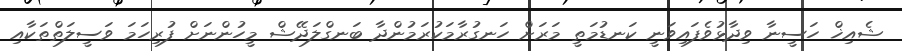
ޝެއިޚް ހަސީނާ ވިދާޅުވެފައިވަނީ ކަނޑުމަތީ މަރަށް ހަނގުރާމަކުރަމުންދާ ބަނގްލަދޭޝް މީހުންނަށް ފުރިހަމަ ވަސީލަތްތަކާއި